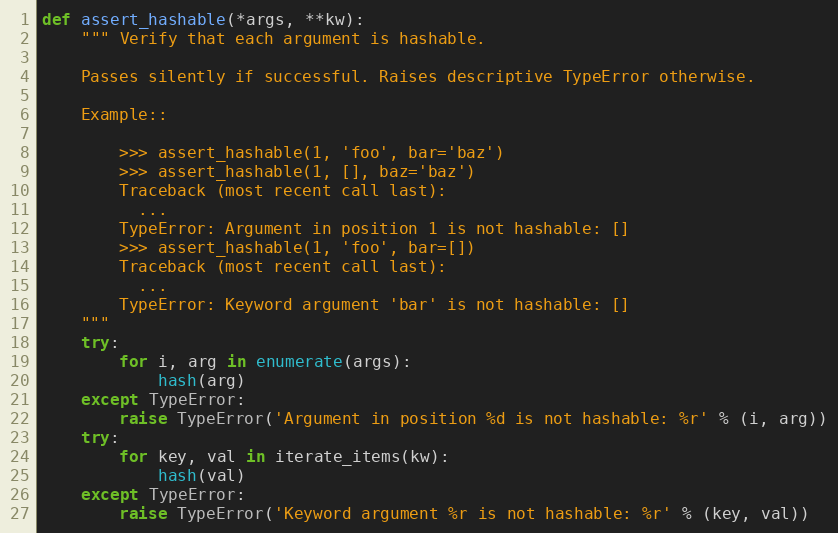
Language: Python
def assert_hashable(*args, **kw):
    """ Verify that each argument is hashable.

    Passes silently if successful. Raises descriptive TypeError otherwise.

    Example::

        >>> assert_hashable(1, 'foo', bar='baz')
        >>> assert_hashable(1, [], baz='baz')
        Traceback (most recent call last):
          ...
        TypeError: Argument in position 1 is not hashable: []
        >>> assert_hashable(1, 'foo', bar=[])
        Traceback (most recent call last):
          ...
        TypeError: Keyword argument 'bar' is not hashable: []
    """
    try:
        for i, arg in enumerate(args):
            hash(arg)
    except TypeError:
        raise TypeError('Argument in position %d is not hashable: %r' % (i, arg))
    try:
        for key, val in iterate_items(kw):
            hash(val)
    except TypeError:
        raise TypeError('Keyword argument %r is not hashable: %r' % (key, val))